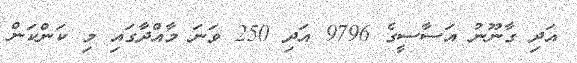
އަދި ގާނޫނު އަސާސީގެ 9796 އަދި 250 ވަނަ މާއްދާގައި މި ކަންކަން